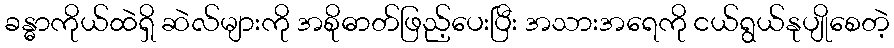
ခန္ဓာကိုယ်ထဲရှိ ဆဲလ်များကို အစိုဓာတ်ဖြည့်ပေးပြီး အသားအရေကို ငယ်ရွယ်နုပျိုစေတဲ့